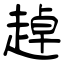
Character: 趠